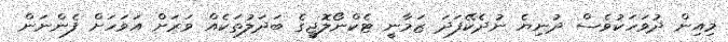
މިއިން ދުވަހަކުވެސް ދުނިޔެ ނުދެކޭފަދަ ޒަމާނީ ޓެކްނޯލޮޖީގެ ބަދަލުތަކެއް ވަރަށް އަވަހަށް ފެންނަން